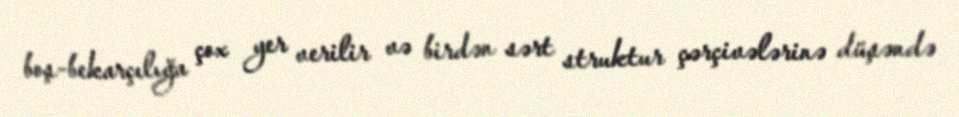
boş-bekarçılığa çox yer verilir və birdən sərt struktur çərçivələrinə düşəndə